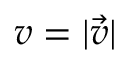
v = | \vec { v } |